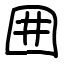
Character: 囲